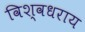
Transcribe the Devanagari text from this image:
विश्वधराय